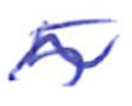
Text: 5
Cross-out: wave
Writing tool: ballpoint